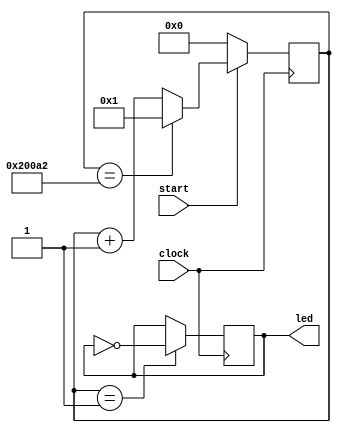
`timescale 1ns / 1ps

//clock divider for POV

module segclock2(input clock, start, output reg led );
    
    reg [17:0]COUNT = 18'b0;
    
    always @ (posedge clock) begin
        COUNT <= (start==0)?18'b0:(COUNT==18'b100000000010100010)?18'b000000000000000001:COUNT + 1;
        led <= (COUNT==18'b000000000000000001)?~led:led;
    end
    
endmodule